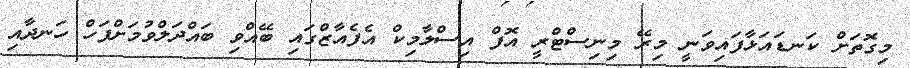
މިގޮތަށް ކަނޑައަޅާފައިވަނީ މިރޭ މިނިސްޓްރީ އޮފް އިސްލާމިިކް އެފެއާޒްގައި ބޭއްވި ބައްދަލްވުމަށްފަހް ހަނދާއި